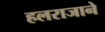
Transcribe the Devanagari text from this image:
हलराजाने